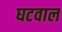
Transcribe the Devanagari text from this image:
घटवाल